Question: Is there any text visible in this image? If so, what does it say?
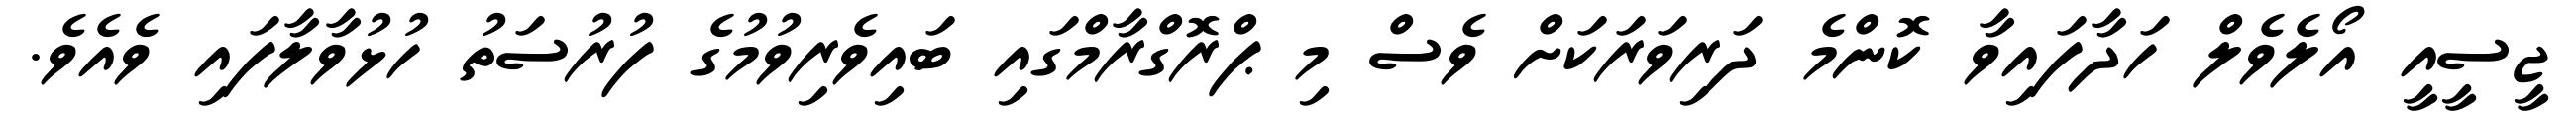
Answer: ޖީސީއީ އޯލެވެލް ހަދާފައިވާ ކޮންމެ ދަރިވަރަކަށް ވެސް މި ޕްރޮގްރާމްގައި ބައިވެރިވުމުގެ ފުރުސަތު ހުޅުވާލާފައި ވެއެވެ.